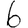
Digit: 6